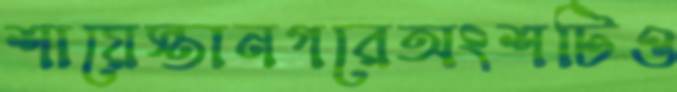
শায়েস্তানগরেঅংশটিও